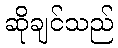
ဆိုချင်သည်